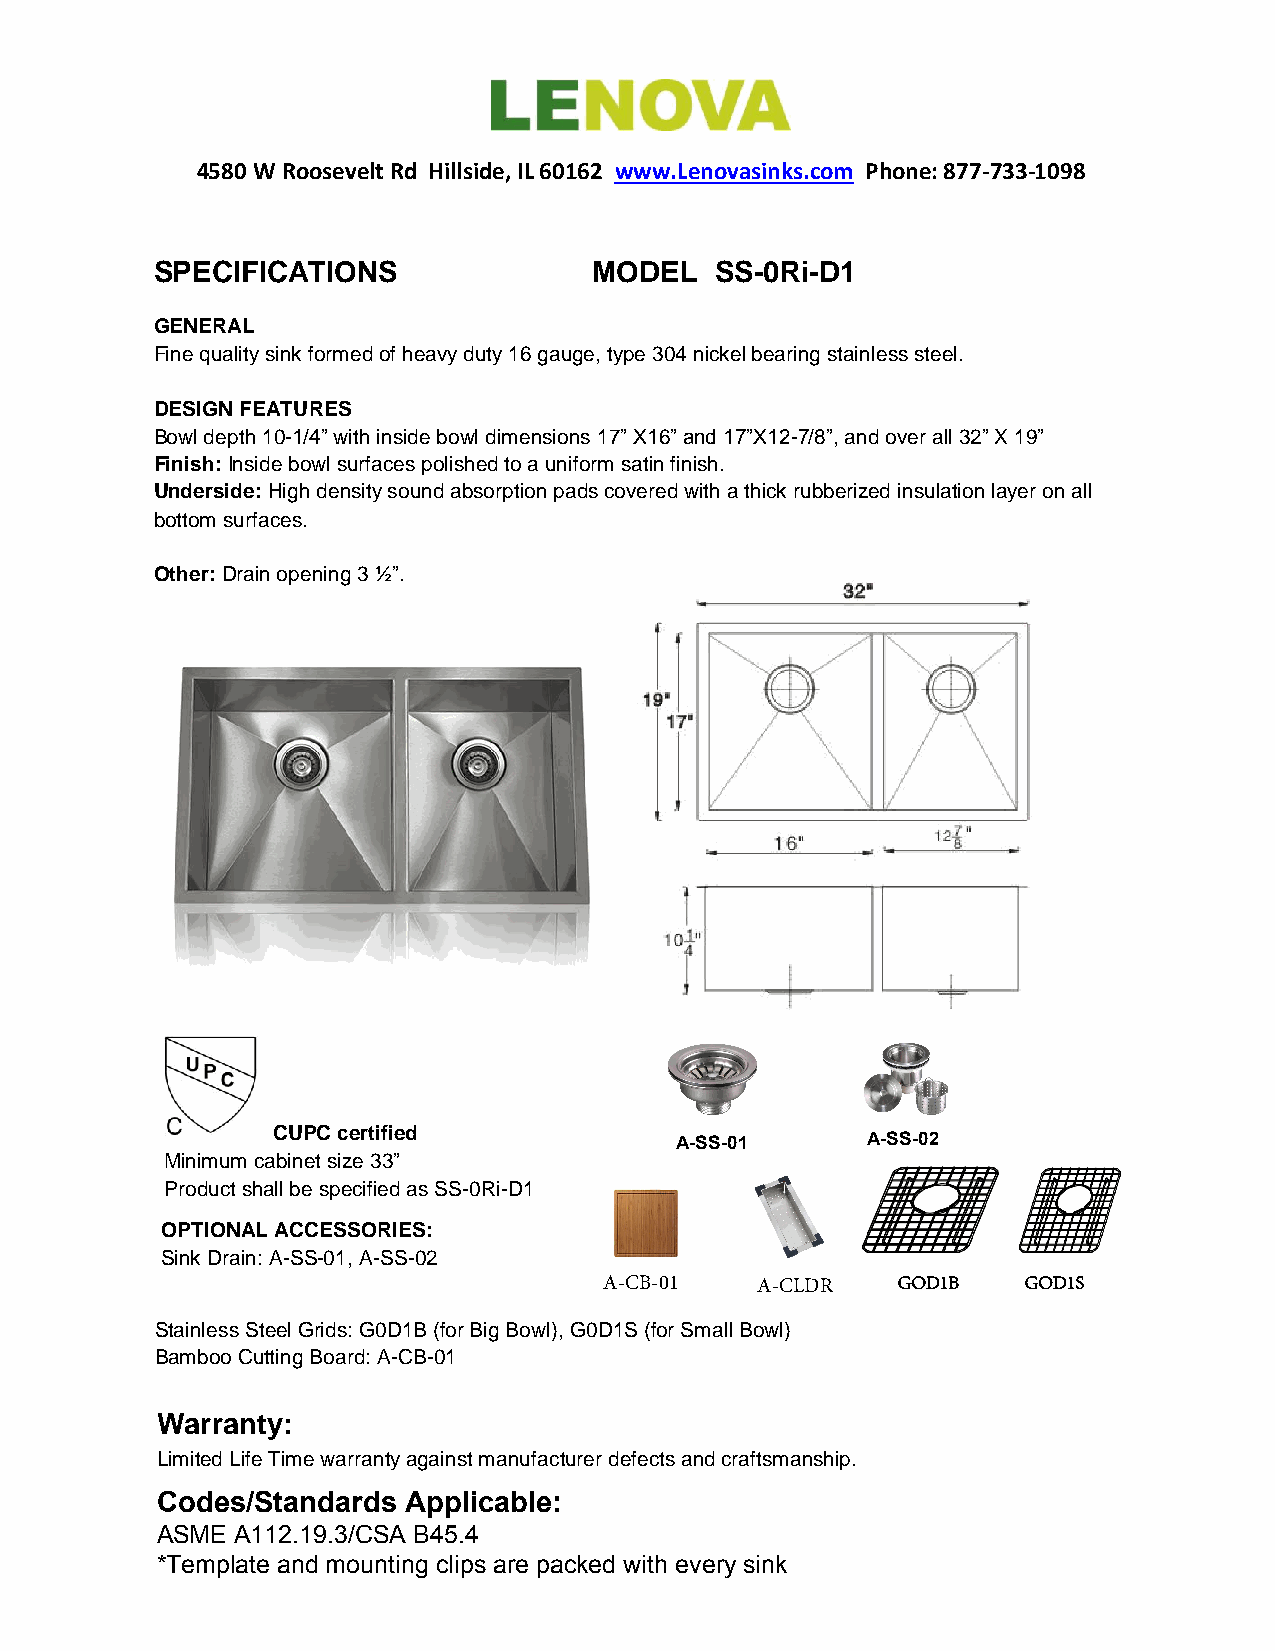
4580 W Roosevelt Rd Hillside, IL 60162 www.Lenovasinks.com Phone: 877-733-1098
 SPECIFICATIONS               MODEL   SS-0Ri-D1
 GENERAL
 Fine quality sink formed of heavy duty 16 gauge, type 304 nickel bearing stainless steel.
 DESIGN FEATURES
 Bowl depth 10-1/4” with inside bowl dimensions 17” X16” and 17”X12-7/8”, and over all 32” X 19”
 Finish: Inside bowl surfaces polished to a uniform satin finish.
 Underside: High density sound absorption pads covered with a thick rubberized insulation layer on all
 bottom surfaces.
 Other: Drain opening 3 ½”.
 CUPC certified
 A-SS-01     A-SS-02
 Minimum cabinet size 33”
 Product shall be specified as SS-0Ri-D1
 OPTIONAL ACCESSORIES:
 Sink Drain: A-SS-01, A-SS-02
 A-CB-01   A-CLDR   GOD1B    GOD1S
 Stainless Steel Grids: G0D1B (for Big Bowl), G0D1S (for Small Bowl)
 Bamboo Cutting Board: A-CB-01
 Warranty:
 Limited Life Time warranty against manufacturer defects and craftsmanship.
 Codes/Standards  Applicable:
 ASME  A112.19.3/CSA B45.4
 *Template and mounting clips are packed with every sink